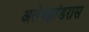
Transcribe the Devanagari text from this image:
अलेक्झांडरास